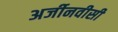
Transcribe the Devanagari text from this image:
अर्जीनवीसी